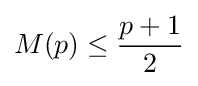
M(p)\leq {\frac {p+1}{2}}